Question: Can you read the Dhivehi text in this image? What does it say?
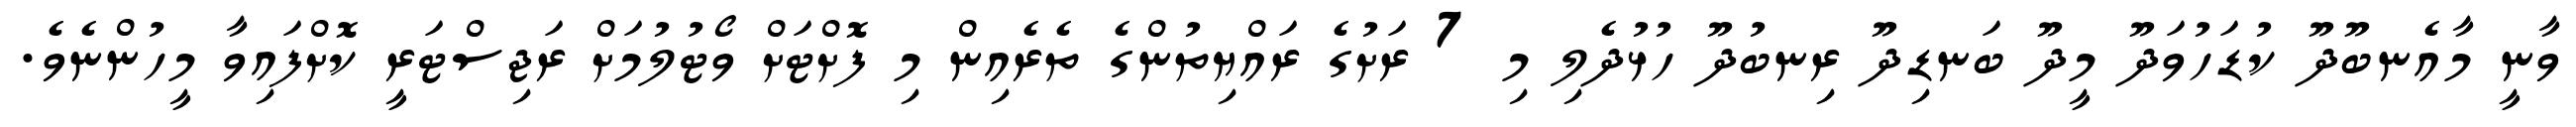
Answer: ވާނީ މާއެނބޫދޫ ކުޑަހުވަދޫ މީދޫ ބަނޑިދޫ ރިނބުދޫ ހުޅުދެލި މި 7 ރަށުގެ ރައްޔިތުންގެ ތެރެއިން މި ފޮށްޓަށް ވޯޓުލުމަށް ރަޖިސްޓަރީ ކޮށްފައިވާ މީހުންނެވެ.